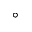
^ \circ